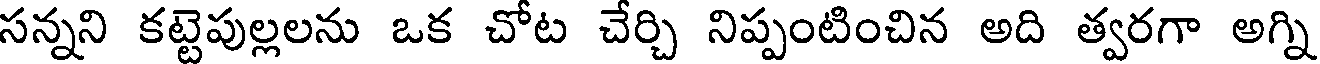
సన్నని కట్టెపుల్లలను ఒక చోట చేర్చి నిప్పంటించిన అది త్వరగా అగ్ని